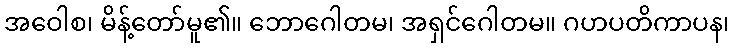
အဝေါစ၊ မိန့်တော်မူ၏။ ဘောဂေါတမ၊ အရှင်ဂေါတမ။ ဂဟပတိကာပန၊